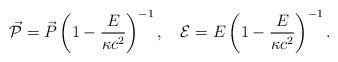
LaTeX: \begin{align*}\vec{\cal{P}} = \vec{P}\left(1 - \frac{E}{\kappa c^2}\right)^{-1} ,\quad {\cal{E}} = E\left(1 - \frac{E}{\kappa c^2}\right)^{-1} .\end{align*}